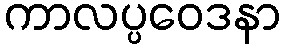
ကာလပ္ပဝေဒနာ